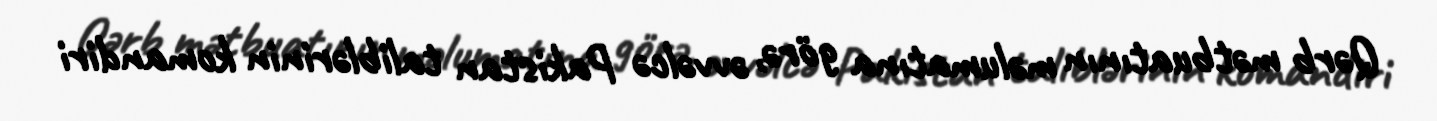
Qərb mətbuatının məlumatına görə, əvvəlcə Pakistan taliblərinin komandiri